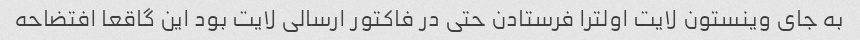
به جای وینستون لایت اولترا فرستادن حتی در فاکتور ارسالی لایت بود این گاقعا افتضاحه